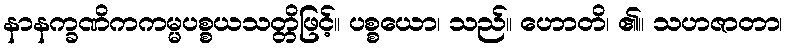
နာနက္ခဏိကကမ္မပစ္စယသတ္တိဖြင့်။ ပစ္စယော၊ သည်။ ဟောတိ၊ ၏။ သဟဇာတာ၊